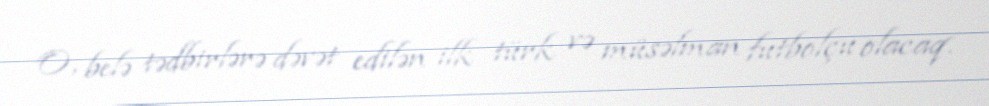
O, belə tədbirlərə dəvət edilən ilk türk və müsəlman futbolçu olacaq.